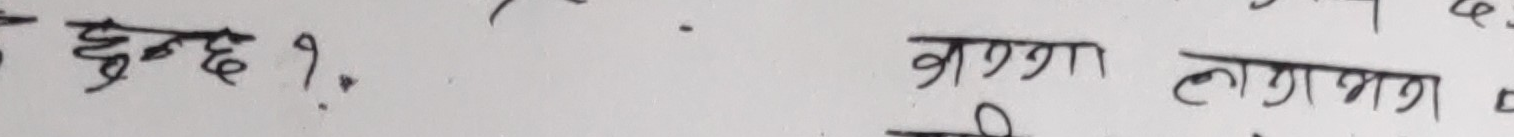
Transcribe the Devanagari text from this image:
हुन्छ ? वर्ष लगभग